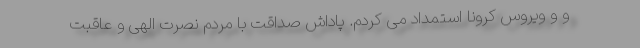
و و ویروس کرونا استمداد می کردم. پاداش صداقت با مردم نصرت الهی و عاقبت